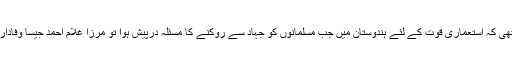
یہی وجہ تھی کہ استعماری قوت کے لئے ہندوستان میں جب مسلمانوں کو جہاد سے روکنے کا مسئلہ درپیش ہوا تو مرزا غلام احمد جیسا وفادار غلام ملا۔